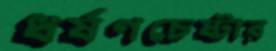
ধর্ষণচেষ্টার